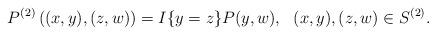
LaTeX: \begin{align*}P^{(2)} \left((x, y), (z, w)\right) = I \{y = z\} P (y, w),~~ (x, y), (z, w) \in S^{(2)}.\end{align*}